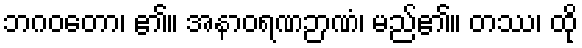
ဘဂဝတော၊ ၏။ အနာဝရဏဉာဏံ၊ မည်၏။ တဿ၊ ထို